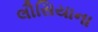
લૌસિયાના